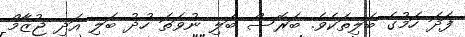
ފަދަ ހަމުގެ ބަލިތަކެވެ. ބަރޮސް ބަލި ނުވަތަ ހުދު ބަލި އަދި ޖުޒާމް